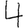
Digit: 4